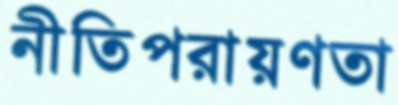
নীতিপরায়ণতা